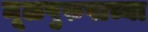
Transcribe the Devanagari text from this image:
मूळपुरुषाच्या